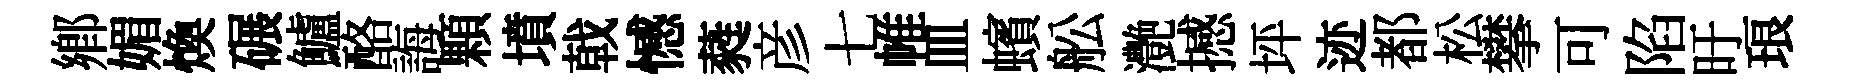
鄕媚煥碾鱸酪誨顆墳戟憾蕤彦七帷皿蠙舩灔撼坪迹都松攀可陷旴琅